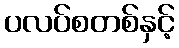
ပလပ်စတစ်နှင့်